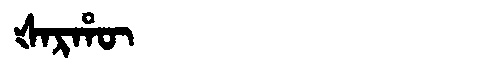
Manchu: ᡧᠠᡵᡥᡡ
Romanization: ŠARHŪ